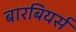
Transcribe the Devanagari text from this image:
बारबियर्स